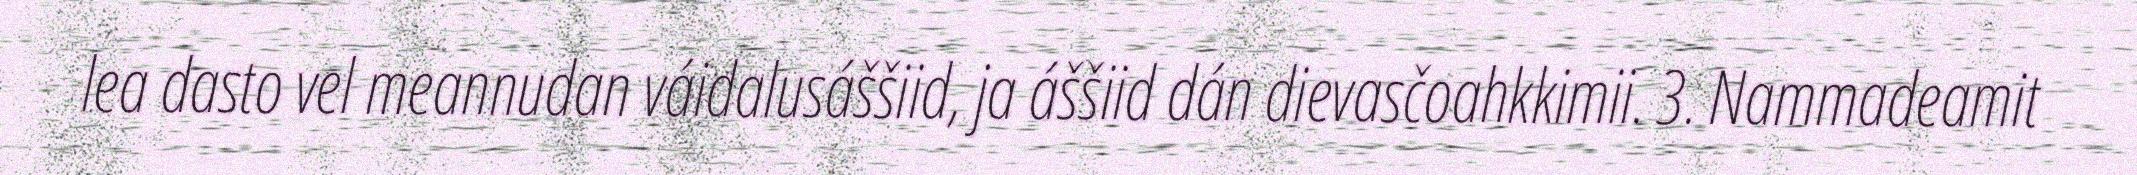
lea dasto vel meannudan váidalusáššiid, ja áššiid dán dievasčoahkkimii. 3. Nammadeamit